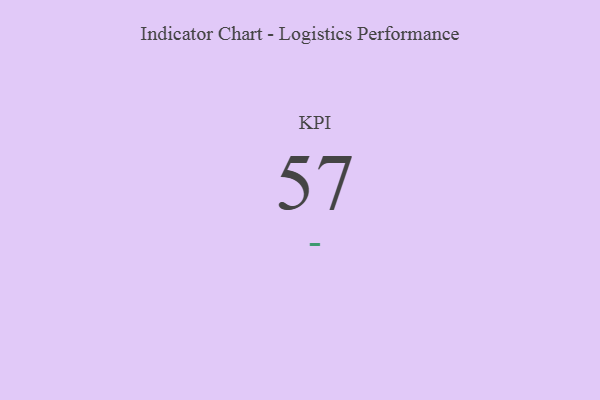
{"axis": {"x": "KPI", "y": "Value"}, "legend": [""], "data": [{"x": "KPI", "y": 57, "type": ""}]}